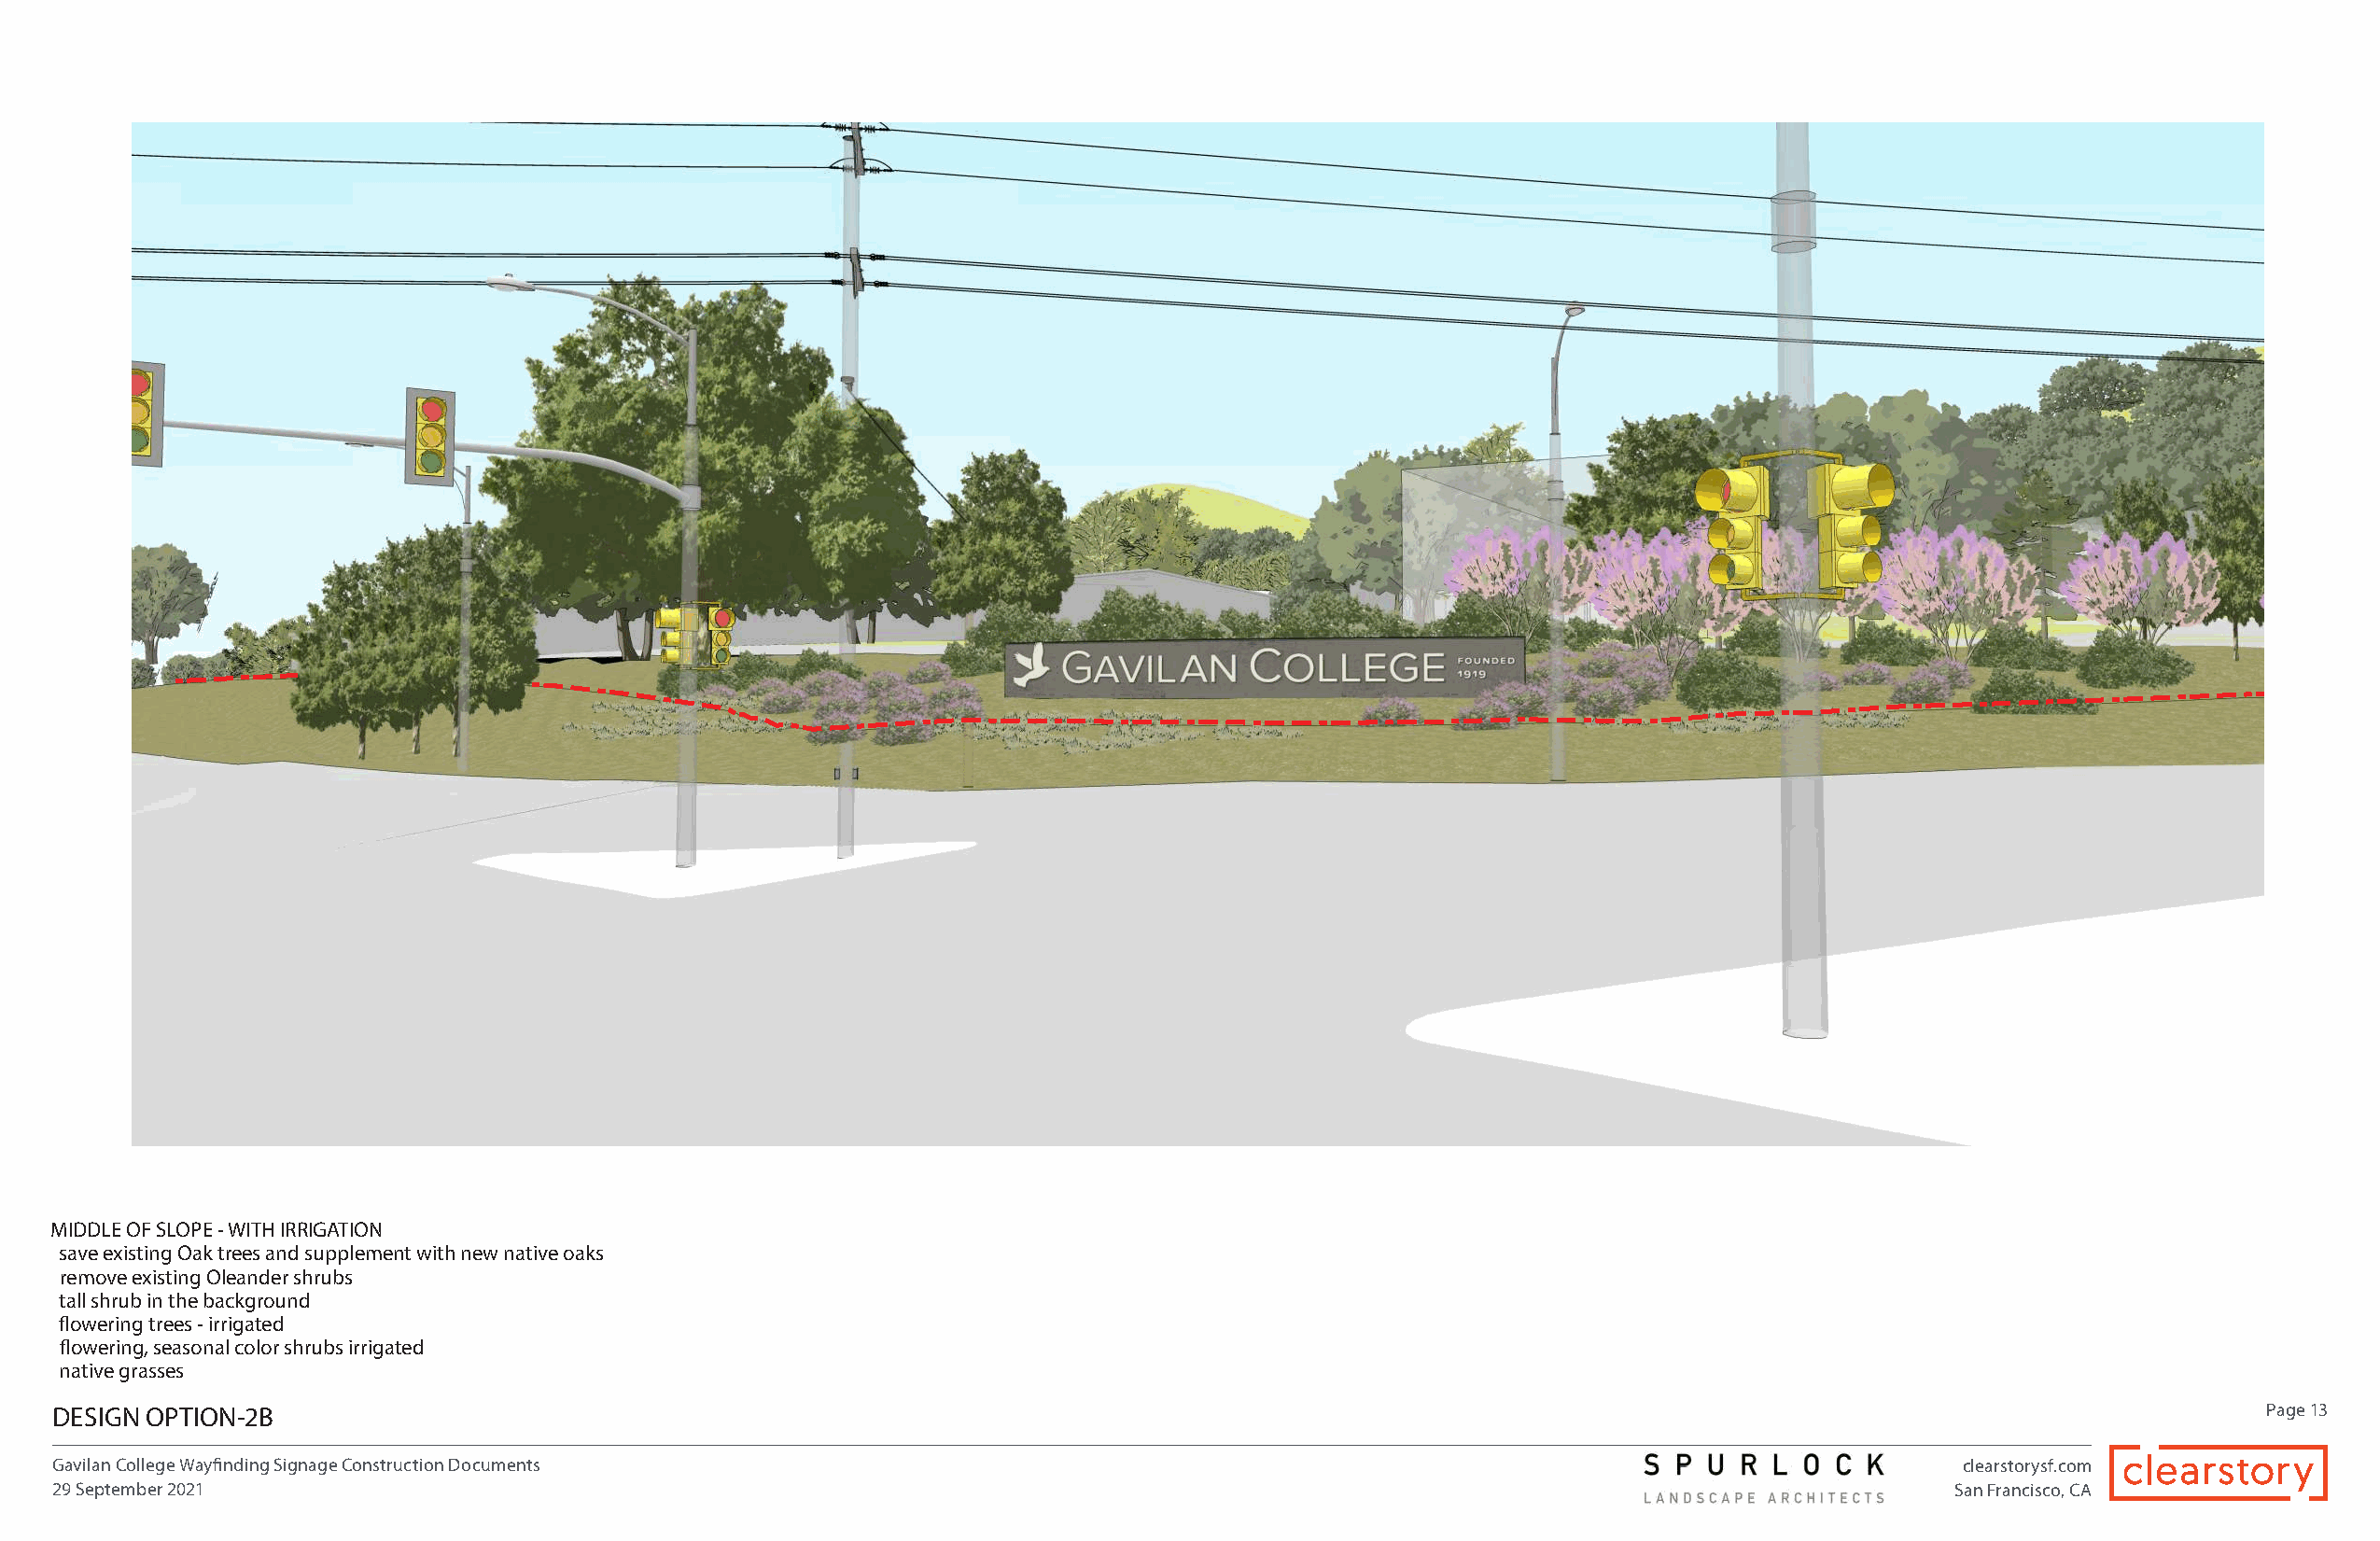
MIDDLE OF SLOPE - WITH IRRIGATION
 save existing Oak trees and supplement with new native oaks
 remove existing Oleander shrubs
 tall shrub in the background
 flowering trees - irrigated
 flowering, seasonal color shrubs irrigated
 native grasses
 DESIGN OPTION-2B                                                                                                                                             Page 13
 Gavilan College Wayfinding Signage Construction Documents                                                                              clearstorysf.com
 29 September 2021                                                                                                                      San Francisco, CA